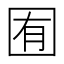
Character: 囿